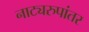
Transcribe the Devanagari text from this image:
नाट्यरुपांतर